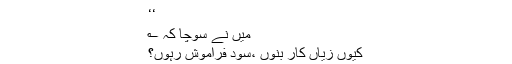
‘‘
میں نے سوچا کہ ؎
کیوں زیاں کار بنوں ،سُود فراموش رہوں؟